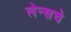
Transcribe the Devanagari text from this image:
लेन्सचे